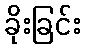
ခိုးခြင်း